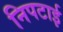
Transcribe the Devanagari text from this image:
निपटाई